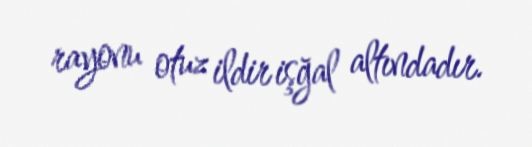
rayonu otuz ildir işğal altındadır.